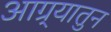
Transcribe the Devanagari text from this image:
आग्र्यातुन